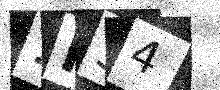
Text: 1IS4